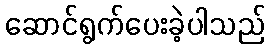
ဆောင်ရွက်ပေးခဲ့ပါသည်